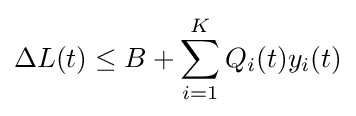
\Delta L(t)\leq B+\sum _{i=1}^{K}Q_{i}(t)y_{i}(t)